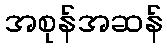
အစုန်အဆန်